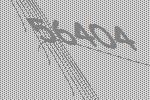
56404